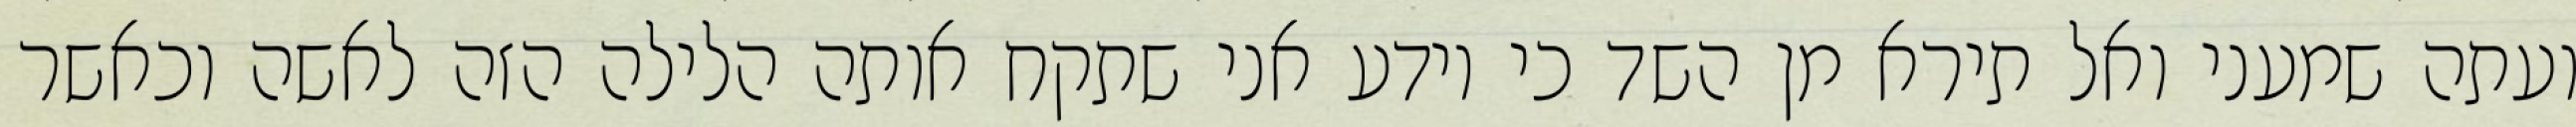
ועתה שמעני ואל תירא מן השד כי יודע אני שתקח אותה הלילה הזה לאשה וכאשר